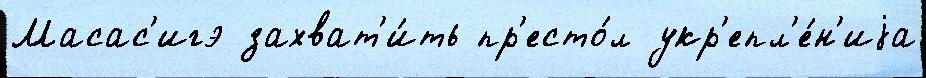
Масас'игэ захват'и́ть пр'есто́л укр'епл'е́н'иjа